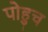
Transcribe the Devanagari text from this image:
पोहुच